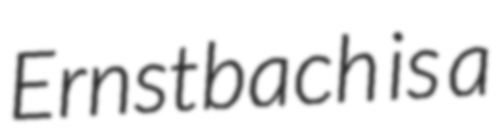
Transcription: Ernstbach is a